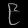
Digit: ၉